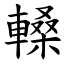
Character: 䡦